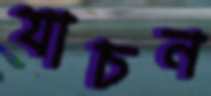
যাচন